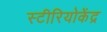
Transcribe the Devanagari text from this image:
स्टीरियोकेंद्र